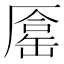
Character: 𠪦